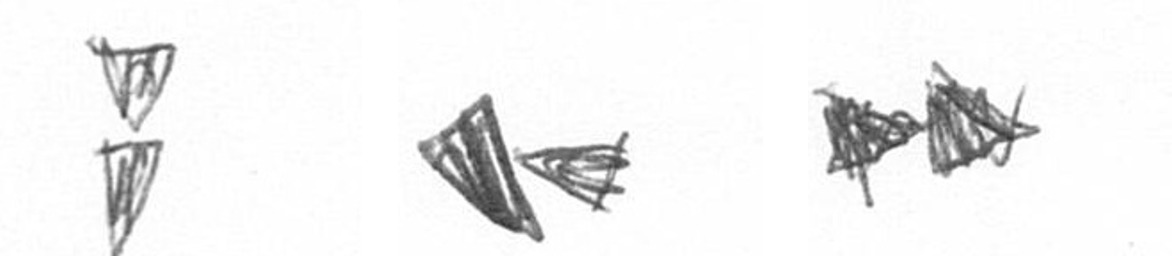
Z F A